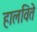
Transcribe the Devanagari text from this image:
हालविते